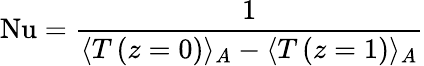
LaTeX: \mathrm{Nu}=\frac{1}{\langle T\left(z=0\right)\rangle_{A}-\langle T\left(z=1\right)\rangle_{A}}